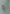
و